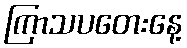
ကြာသပတေးနေ့